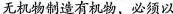
无机物制造有机物，必须以